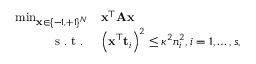
\begin{array} { r l } { \operatorname* { m i n } _ { { \bf x } \in \{ - 1 , + 1 \} ^ { N } } } & { \mathbf { x } ^ { \top } \mathbf { A } \mathbf { x } } \\ { \mathrm { ~ s ~ . ~ t ~ . ~ } } & { \left( \mathbf { x } ^ { \top } \mathbf { t } _ { i } \right) ^ { 2 } \leq \kappa ^ { 2 } n _ { i } ^ { 2 } , i = 1 , \ldots , s , } \end{array}